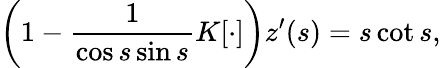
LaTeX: \left(1-\frac{1}{\cos s\sin s}K[\cdot]\right)z^{\prime}(s)=s\cot s,